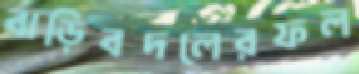
বাড়িবদলেরফল